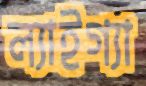
ল্যাইগ্যা